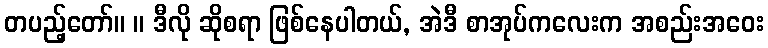
တပည့်တော်။ ။ ဒီလို ဆိုစရာ ဖြစ်နေပါတယ်, အဲဒီ စာအုပ်ကလေးက အစည်းအဝေး